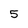
Character: 5